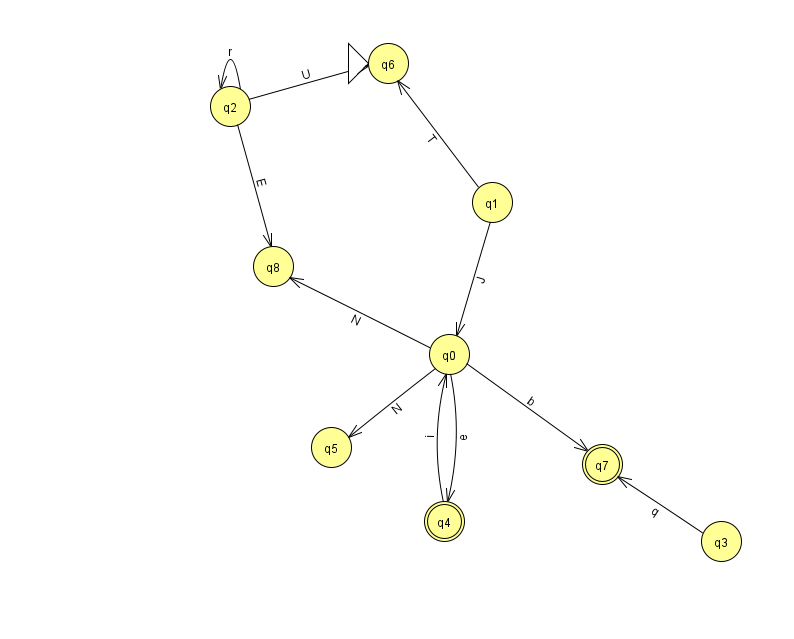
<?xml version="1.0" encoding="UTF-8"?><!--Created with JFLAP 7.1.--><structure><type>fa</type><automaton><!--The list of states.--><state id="0" name="q0"><x>449.0</x><y>341.0</y></state><state id="1" name="q1"><x>492.0</x><y>189.0</y></state><state id="2" name="q2"><x>230.0</x><y>93.0</y></state><state id="3" name="q3"><x>721.0</x><y>528.0</y></state><state id="4" name="q4"><x>444.0</x><y>508.0</y><final/></state><state id="5" name="q5"><x>331.0</x><y>434.0</y></state><state id="6" name="q6"><x>388.0</x><y>50.0</y><initial/></state><state id="7" name="q7"><x>602.0</x><y>451.0</y><final/></state><state id="8" name="q8"><x>273.0</x><y>253.0</y></state><!--The list of transitions.--><transition><from>2</from><to>2</to><read>r</read></transition><transition><from>2</from><to>8</to><read>E</read></transition><transition><from>0</from><to>8</to><read>N</read></transition><transition><from>4</from><to>0</to><read>i</read></transition><transition><from>0</from><to>7</to><read>b</read></transition><transition><from>1</from><to>6</to><read>T</read></transition><transition><from>0</from><to>4</to><read>e</read></transition><transition><from>1</from><to>0</to><read>J</read></transition><transition><from>0</from><to>5</to><read>N</read></transition><transition><from>2</from><to>6</to><read>U</read></transition><transition><from>3</from><to>7</to><read>q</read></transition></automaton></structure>